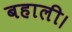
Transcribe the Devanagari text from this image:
बहाली।